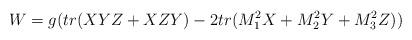
LaTeX: \begin{align*}W =g( tr(XYZ+XZY) - 2tr(M_1^2 X+M_2^2Y +M_3^2 Z))\end{align*}